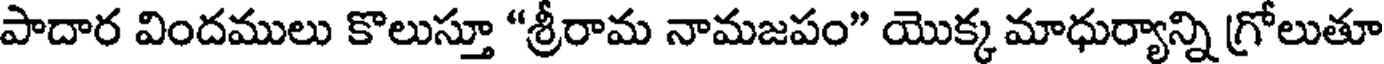
పాదార విందములు కొలుస్తూ "శ్రీరామ నామజపం" యొక్క మాధుర్యాన్ని గ్రోలుతూ